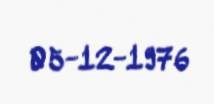
05-12-1976